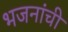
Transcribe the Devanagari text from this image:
भजनांची